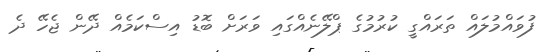
ފުވައްމުލައް ތަރައްގީ ކުރުމުގެ ޕްލޭނެއްގައި ވަރަށް ބޮޑު އިސްކަމެއް ދޭން ޖެހޭ ދެ